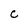
Character: C